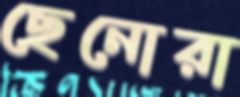
ছেনোরা